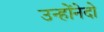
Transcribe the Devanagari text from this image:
उन्होंनेदो